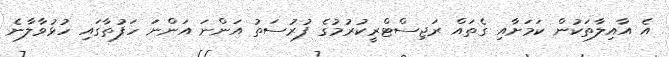
އެ އާއިލާތަކުން ކަމަށާއި ގެތައް ރަޖިސްޓްރީކުރުމުގެ ފުރުސަތު އަންނަ އަންނަ ހަފުތާގައި ހުޅުވާލާނެ